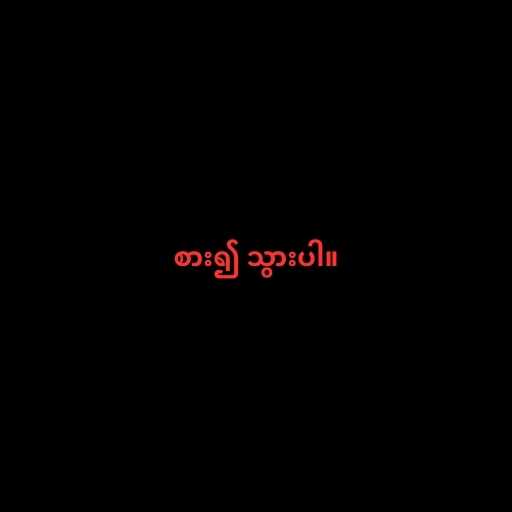
စား၍ သွားပါ။